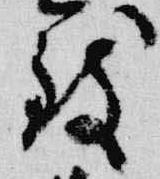
致